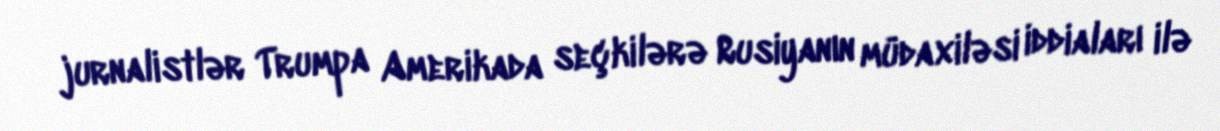
jurnalistlər Trumpa Amerikada seçkilərə Rusiyanın müdaxiləsi iddiaları ilə